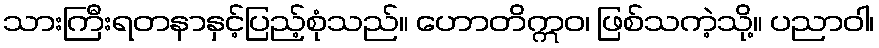
သားကြီးရတနာနှင့်ပြည့်စုံသည်။ ဟောတိဣဝ၊ ဖြစ်သကဲ့သို့။ ပညာဝါ၊